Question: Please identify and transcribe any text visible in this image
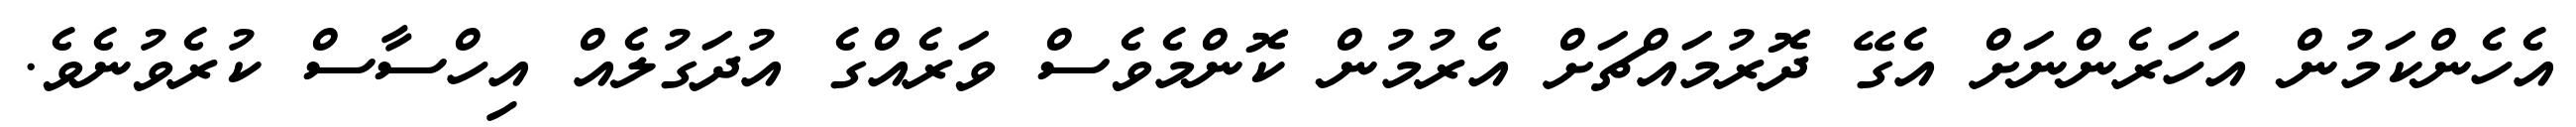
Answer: އެހެންކަމުން އަހަރެންނަށް އެގޭ ދޮރުމައްޗަށް އެރުމުން ކޮންމެވެސް ވަރެއްގެ އުދަގުލެއް އިހްސާސް ކުރެވުނެވެ.